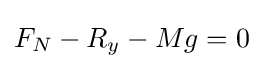
F_{N}-R_{y}-Mg=0